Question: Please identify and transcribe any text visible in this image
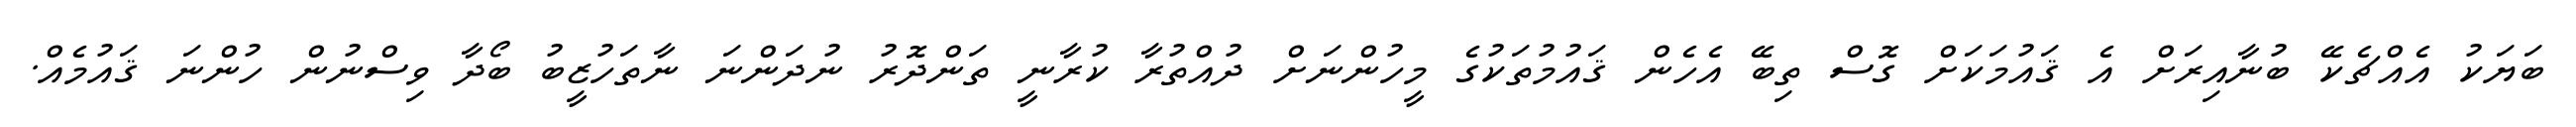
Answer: ބަޔަކު އެއްޗެކޭ ބުނާއިރަށް އެ ޤައުމަކަށް ގޮސް ތިބޭ އެހެން ޤައުމުތަކުގެ މީހުންނަށް ދުއްތުރާ ކުރާނީ ތަންދޮރު ނުދަންނަ ނާތަހުޒީބު ބޯދާ ވިސްނުން ހުންނަ ޤައުމެއް.